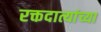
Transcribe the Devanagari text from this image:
रक्तदात्यांच्या